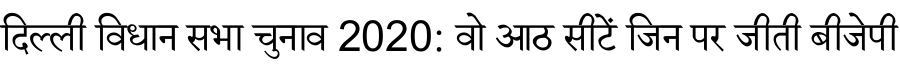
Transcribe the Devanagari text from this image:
दिल्ली विधान सभा चुनाव 2020: वो आठ सीटें जिन पर जीती बीजेपी